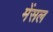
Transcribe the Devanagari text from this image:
मेंसल